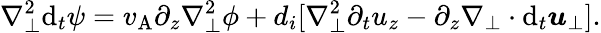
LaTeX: \nabla_{\perp}^{2}\mathrm{d}_{t}\psi=v_{\mathrm{A}}\partial_{z}\nabla_{\perp}^{2}\phi+d_{i}[\nabla_{\perp}^{2}\partial_{t}u_{z}-\partial_{z}\nabla_{\perp}\cdot\mathrm{d}_{t}\boldsymbol{u}_{\perp}].